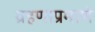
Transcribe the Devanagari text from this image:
ग्रहणाप्रमाणे